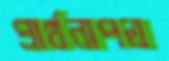
প্রার্থনাপত্র